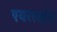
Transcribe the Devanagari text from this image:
एयरलइंस